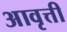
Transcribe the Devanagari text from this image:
अावृत्ती